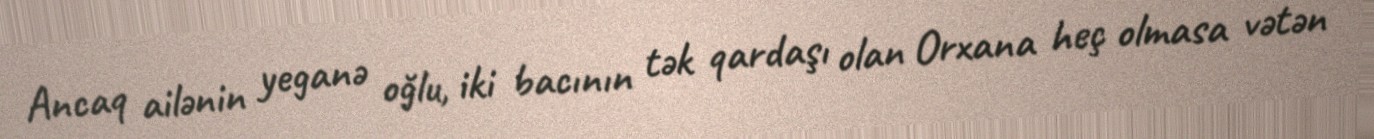
Ancaq ailənin yeganə oğlu, iki bacının tək qardaşı olan Orxana heç olmasa vətən